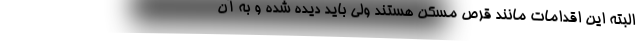
البته این اقدامات مانند قرص مسکن هستند ولی باید دیده شده و به آن